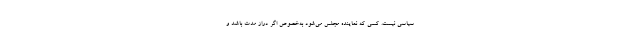
سیاسی نیست. کسی که نماینده مجلس می‌شود به‌خصوص اگر دراز مدت باشد و